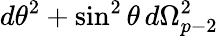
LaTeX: d\theta^{2}+\sin^{2}\theta\, d\Omega_{p-2}^{2}